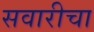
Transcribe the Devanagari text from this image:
सवारीचा